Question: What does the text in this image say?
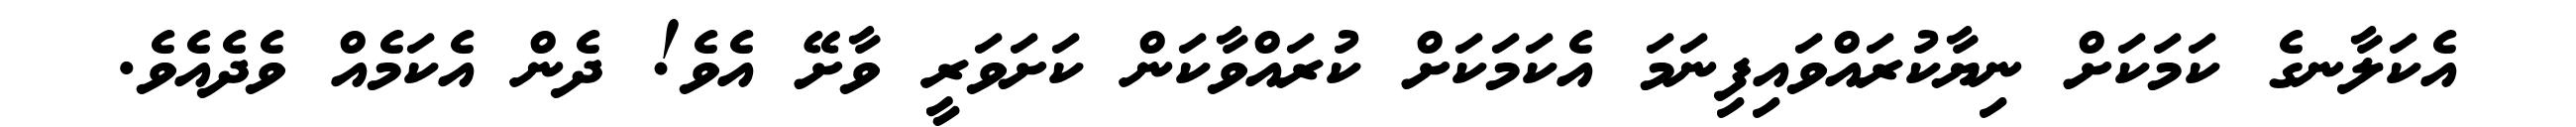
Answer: އެކަލާނގެ ކަމަކަށް ނިޔާކުރައްވައިފިނަމަ އެކަމަކަށް ކުރައްވާކަން ކަށަވަރީ ވާށޭ އެވެ! ދެން އެކަމެއް ވެދެއެވެ.